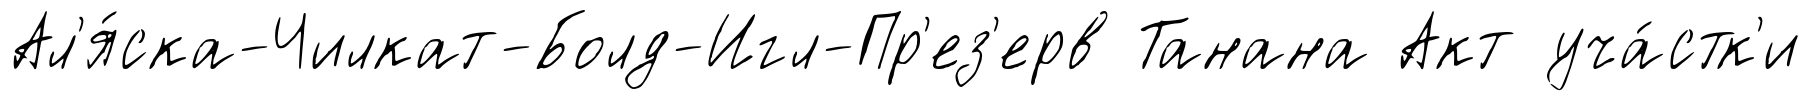
Ал'я́ска-Чилкат-Болд-Игл-Пр'ез'ерв Танана Акт уча́стк'и